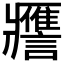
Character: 𧭭